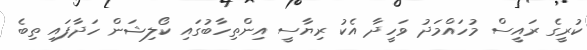
ކުރީގެ ރައީސް މުހައްމަދު ވަހީދާ އެކު ރިޔާސީ އިންތިހާބުގައި ކޯލިޝަން ހަދާފައި ތިބެ